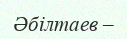
Әбілтаев –